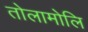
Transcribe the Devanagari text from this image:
तोलामोलि